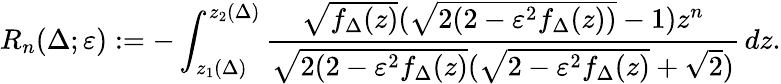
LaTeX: R_{n}(\Delta;\varepsilon):=-\int_{z_{1}(\Delta)}^{z_{2}(\Delta)}\frac{\sqrt{f_{\Delta}(z)}(\sqrt{2(2-\varepsilon^{2}f_{\Delta}(z))}-1)z^{n}}{\sqrt{2(2-\varepsilon^{2}f_{\Delta}(z)}(\sqrt{2-\varepsilon^{2}f_{\Delta}(z)}+\sqrt 2)}\, dz.